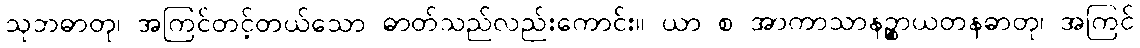
သုဘဓာတု၊ အကြင်တင့်တယ်သော ဓာတ်သည်လည်းကောင်း။ ယာ စ အာကာသာနဉ္စာယတနဓာတု၊ အကြင်